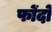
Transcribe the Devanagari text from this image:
फोंदो